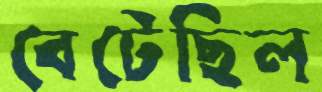
বেটেছিল